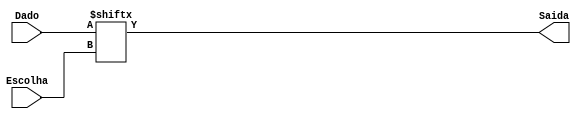
module mux4(
input [3:0] Dado,
input [1:0] Escolha,
output Saida
);
assign Saida = Dado[Escolha];
endmodule